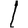
Digit: 1